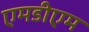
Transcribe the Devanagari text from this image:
एमडीएम